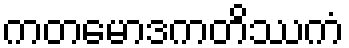
ကတမောဒကတိဿကံ